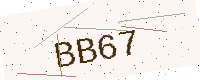
Text: BB67